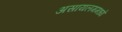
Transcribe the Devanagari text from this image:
असायलममध्ये